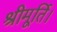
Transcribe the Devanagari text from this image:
श्रीमूर्ति।